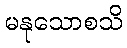
မနုသောစသိ